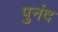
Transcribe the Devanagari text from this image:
पुनंद